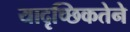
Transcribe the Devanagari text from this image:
यादृच्छिकतेने